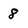
Character: 8